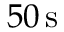
5 0 \, \mathrm { s }